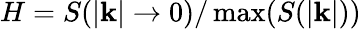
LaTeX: H=S(|\mathbf{k}|\rightarrow 0)/\operatorname*{max}(S(|\mathbf{k}|))